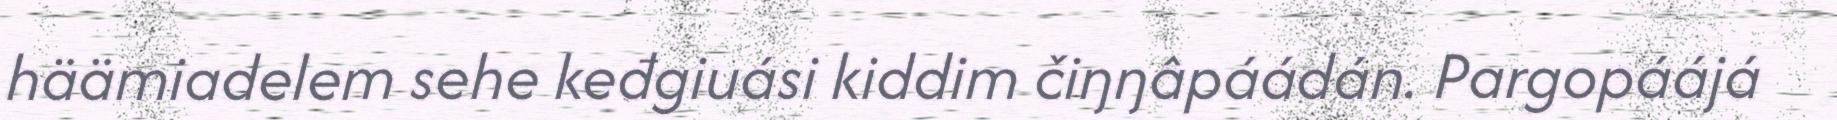
häämiadelem sehe keđgiuási kiddim čiŋŋâpáádán. Pargopáájá